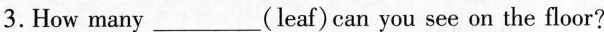
3.How many ___(leaf) can you see on the floor?